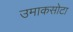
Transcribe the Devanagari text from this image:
उमाकसोटा